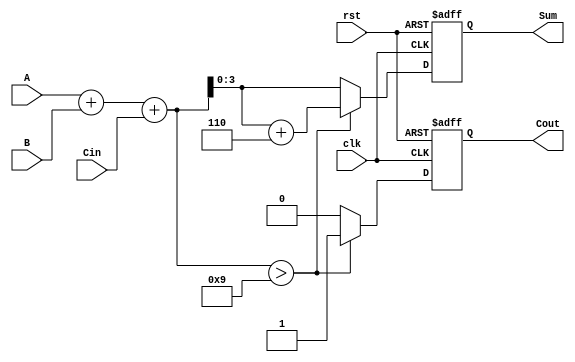
module BCD_Sequential_Adder (
    input wire [3:0] A,      // First BCD digit
    input wire [3:0] B,      // Second BCD digit
    input wire Cin,          // Carry input
    input wire clk,          // Clock signal
    input wire rst,          // Reset signal
    output reg [3:0] Sum,    // BCD result
    output reg Cout          // Carry output
);

    reg [4:0] binary_sum;    // 5-bit to accommodate carry

    always @(posedge clk or posedge rst) begin
        if (rst) begin
            Sum <= 4'b0000;   // Reset Sum to 0
            Cout <= 1'b0;     // Reset Cout to 0
        end else begin
            // Perform binary addition
            binary_sum = A + B + Cin;

            // Check if the result exceeds BCD range
            if (binary_sum > 5'd9) begin
                // Apply BCD correction
                Sum <= binary_sum + 5'd6; // Add 6 to correct
                Cout <= 1'b1;              // Set carry out
            end else begin
                Sum <= binary_sum[3:0];    // Valid BCD, no correction needed
                Cout <= 1'b0;               // No carry out
            end
        end
    end

endmodule